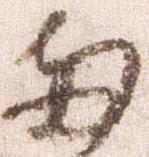
両